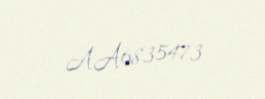
AA6835473